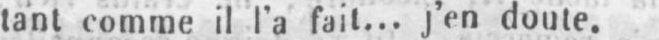
tant comme il l’a fait... j’en doute.